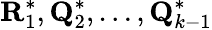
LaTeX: \mathbf{R}_{1}^{*},\mathbf{Q}_{2}^{*},\ldots,\mathbf{Q}_{k-1}^{*}